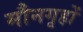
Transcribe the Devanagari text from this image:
मौनगृहों